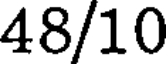
48/10